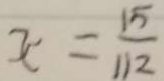
x = \frac { 1 5 } { 1 1 2 }